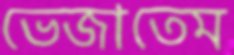
ভেজাতেম